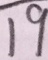
1 9